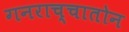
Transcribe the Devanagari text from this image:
गनराच्चातोन